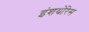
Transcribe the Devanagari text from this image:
इंशयोंरेस